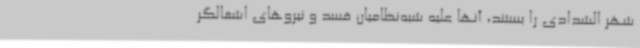
شهر الشدادی را بستند، آنها علیه شبه‌نظامیان قسد و نیروهای اشغالگر